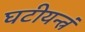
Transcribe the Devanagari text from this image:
घटीयन्त्रं